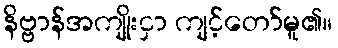
နိဗ္ဗာန်အကျိုးငှာ ကျင့်တော်မူ၏။